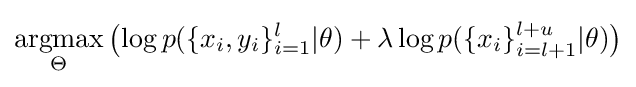
{\underset {\Theta }{\operatorname {argmax} }}\left(\log p(\{x_{i},y_{i}\}_{i=1}^{l}|\theta )+\lambda \log p(\{x_{i}\}_{i=l+1}^{l+u}|\theta )\right)